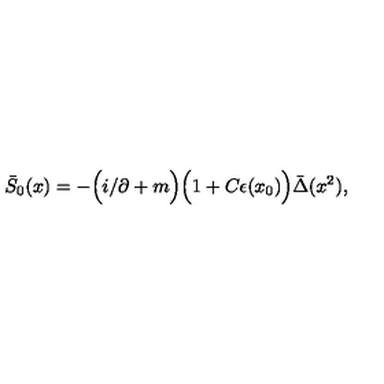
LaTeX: \bar { S } _ { 0 } ( x ) = - \Big ( i \slash \partial + m \Big ) \Big ( 1 + C \epsilon ( x _ { 0 } ) \Big ) \bar { \Delta } ( x ^ { 2 } ) ,